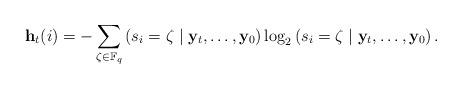
LaTeX: \begin{align*} \begin{aligned} \mathbf{h}_t(i)=-\sum_{\zeta\in \mathbb{F}_q} &\left(s_i=\zeta\mid \mathbf{y}_t,\dots,\mathbf{y}_0\right) \log_2\left(s_i=\zeta\mid \mathbf{y}_t,\dots,\mathbf{y}_0\right). \end{aligned}\end{align*}